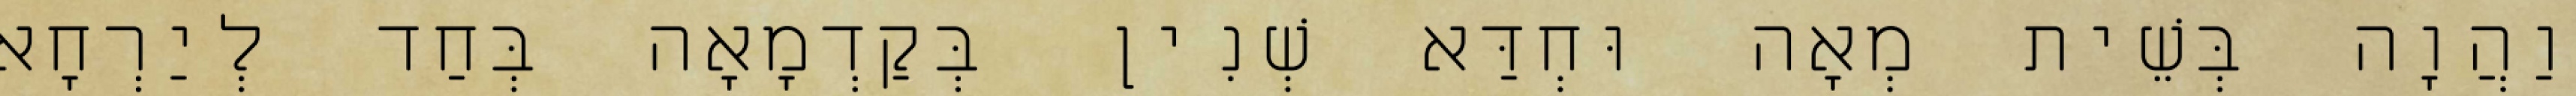
וַהֲוָה בְּשֵׁית מְאָה וּחְדַּא שְׁנִין בְּקַדְמָאָה בְּחַד לְיַרְחָא